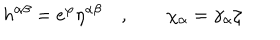
h ^ { \alpha \beta } = e ^ { \varphi } \eta ^ { \alpha \beta } \quad , \qquad \chi _ { \alpha } = \gamma _ { \alpha } \zeta